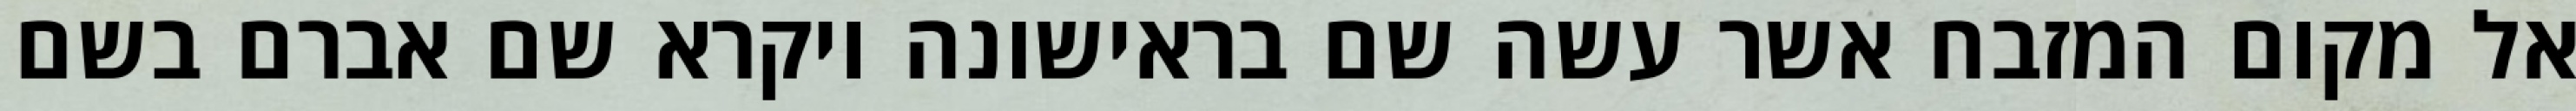
אל מקום המזבח אשר עשה שם בראישונה ויקרא שם אברם בשם